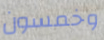
وخمسون